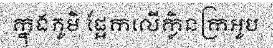
ក្នុងភូមិ ផ្អែកលើក្លិនក្រអូប